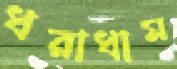
ধরাধাম